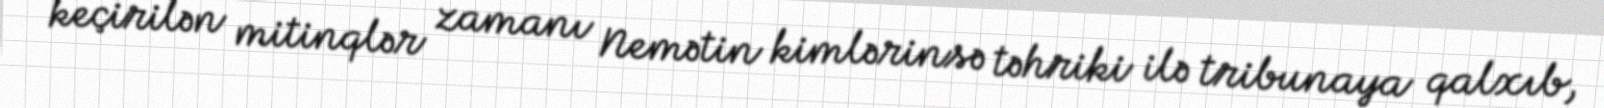
keçirilən mitinqlər zamanı Nemətin kimlərinsə təhriki ilə tribunaya qalxıb,